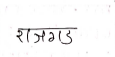
मजकूर: राजगड